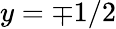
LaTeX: y=\mp 1/2